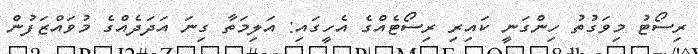
ރިސޯޓު މިވަގުތު ހިންގަނީ ކައިރި ރިސޯޓެއްގެ އެހީގައި: އަލިމަތާ ގިނަ އަދަދެއްގެ މުވައްޒަފުން